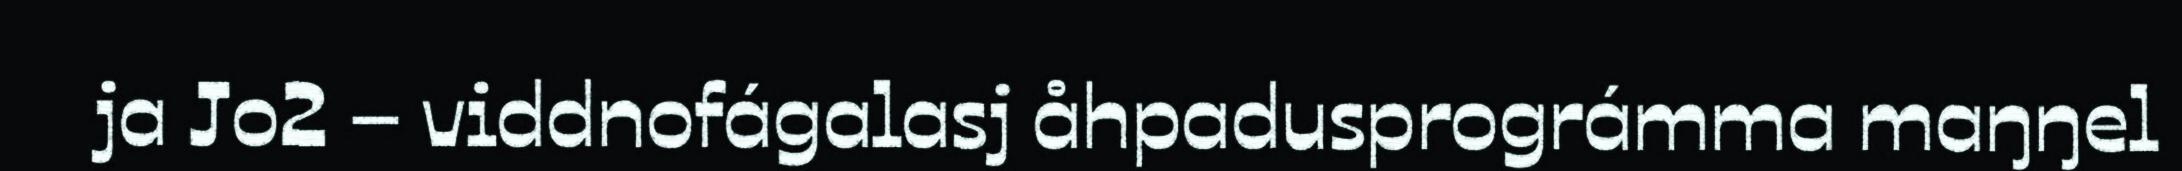
ja Jo2 – viddnofágalasj åhpadusprográmma maŋŋel